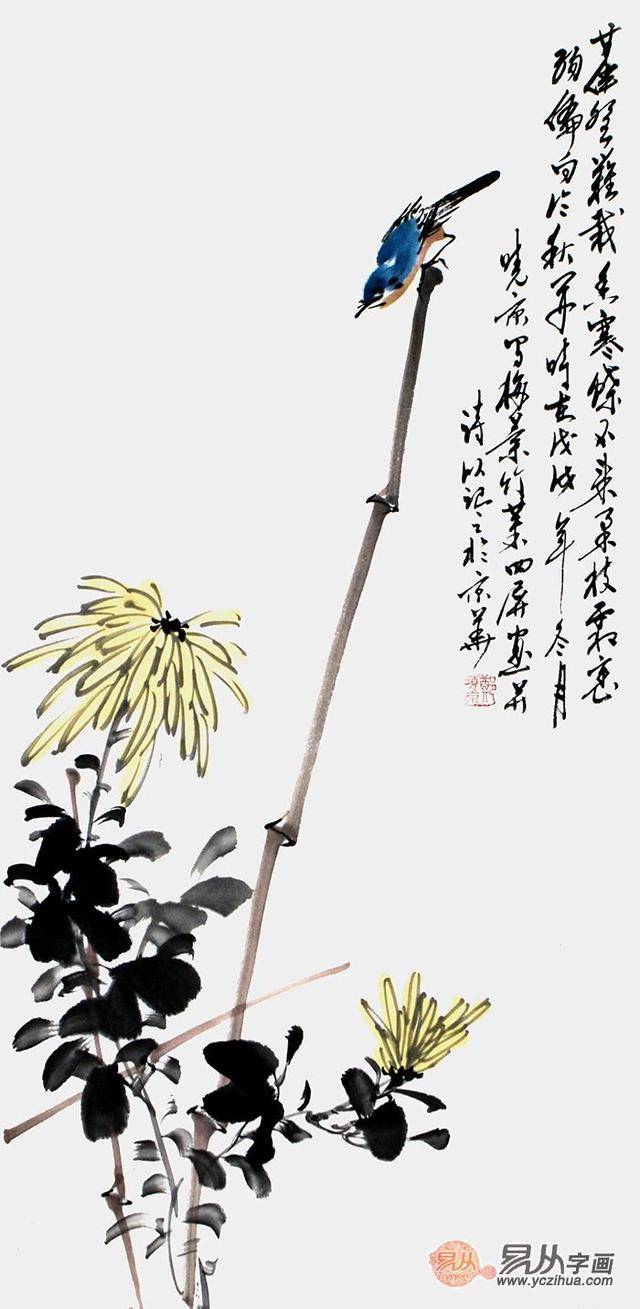
吴台直下，缃梅无限，未放野桥香度。